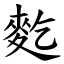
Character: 麧